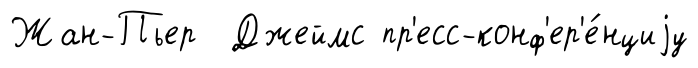
Жан-Пьер Джеймс пр'есс-конф'ер'е́нциjу